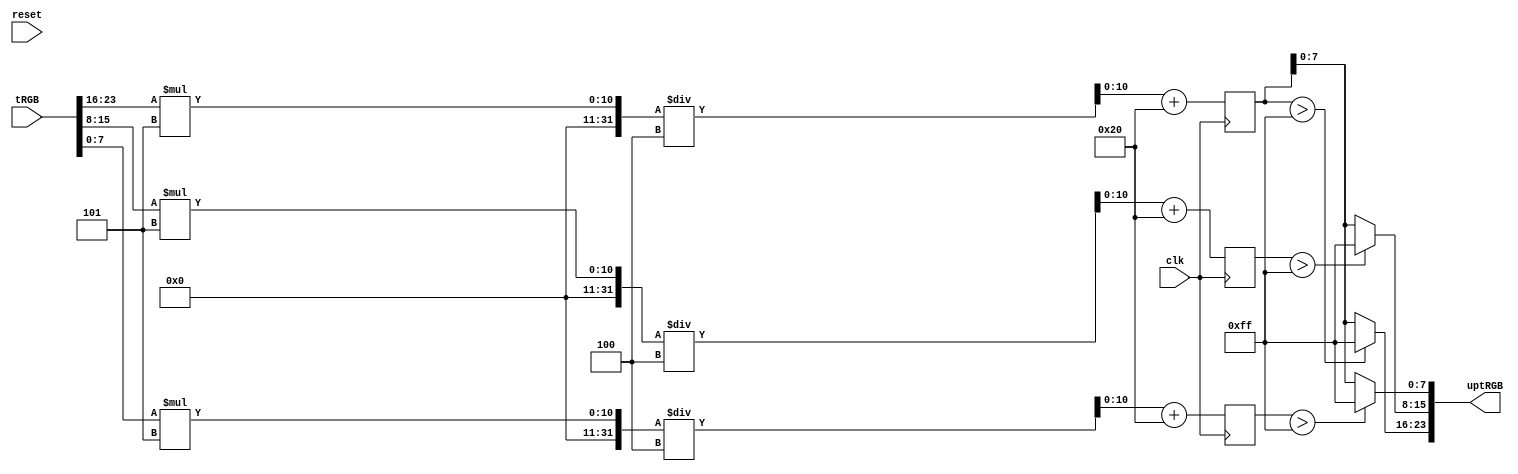
`timescale 1ns / 1ps
//////////////////////////////////////////////////////////////////////////////////
// Company: 
// Engineer: 
// 
// Design Name: 
// Module Name:    contrastBrightness 
// Project Name: 
// Target Devices: 
// Tool versions: 
// Description: 
//
// Dependencies: 
//
// Revision: 
// Revision 0.01 - File Created
// Additional Comments: 
//
//////////////////////////////////////////////////////////////////////////////////
module contrastBrightness(
    input [23:0] tRGB,
    input clk,
    input reset,
    output [23:0] uptRGB
    );
	 
	 wire [7:0] tR;
	 wire [7:0] tG;
	 wire [7:0] tB;
	 
	 reg [10:0] uptRtest;
	 reg [10:0] uptGtest;
	 reg [10:0] uptBtest;
	 
	 wire [7:0] uptR;
	 wire [7:0] uptG;
	 wire [7:0] uptB;
	 
	 assign tR = tRGB[23:16];
	 assign tG = tRGB[15:8];
	 assign tB = tRGB[7:0];
	 
	 wire [7:0] contrast 		= 8'd5;
	 wire [7:0] brightness 	= 8'd32;
	 
	 always @(posedge clk) begin
			uptRtest <= (tR*contrast)/4 + brightness;
			uptGtest <= (tG*contrast)/4 + brightness;
			uptBtest <= (tB*contrast)/4 + brightness;
	 end
	 
	 assign uptR = (uptRtest>11'd255)?8'd255:uptRtest;
	 assign uptG = (uptGtest>11'd255)?8'd255:uptRtest;
	 assign uptB = (uptBtest>11'd255)?8'd255:uptRtest;
	 
	 assign uptRGB = {uptR,uptG,uptB};

endmodule